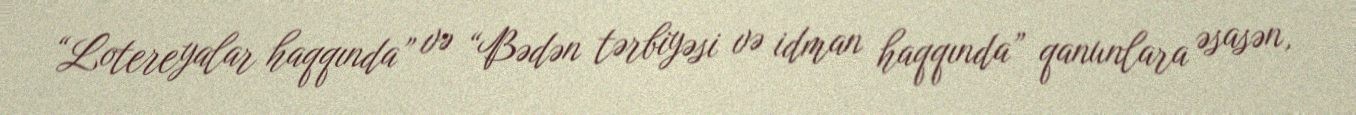
“Lotereyalar haqqında” və “Bədən tərbiyəsi və idman haqqında” qanunlara əsasən,